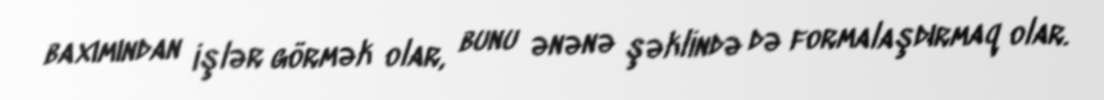
baxımından işlər görmək olar, bunu ənənə şəklində də formalaşdırmaq olar.